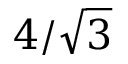
4 / \sqrt { 3 }